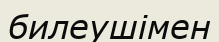
билеушімен